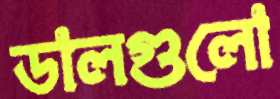
ডালগুলো